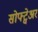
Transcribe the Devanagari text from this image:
सोफ्ट्वेअर